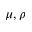
\mu , \rho